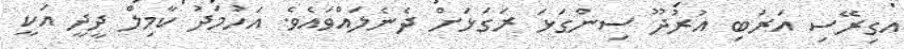
އގިރޭސި އަރަބި އުރުދޫ ސިންގަޅަ ރަގަޅަށް ދެނެލައްވައެވެ. އަހުމަދު ކާމިލް ދީދީ އަކީ